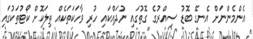
އެންމެންނަށް އެނގޭ ބޮޑު ސިއްރުގެ ގޮތުގައި ނުދައްކައި ހުރި ވާހަކަތަކެއް ތިލަކޮށް ކޯޓުތަކުގައި